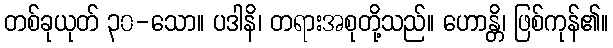
တစ်ခုယုတ် ၃၀-သော။ ပဒါနိ၊ တရားအစုတို့သည်။ ဟောန္တိ၊ ဖြစ်ကုန်၏။